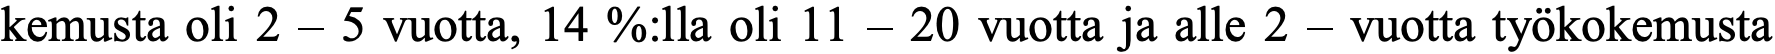
kemusta oli 2 – 5 vuotta, 14 %:lla oli 11 – 20 vuotta ja alle 2 – vuotta työkokemusta